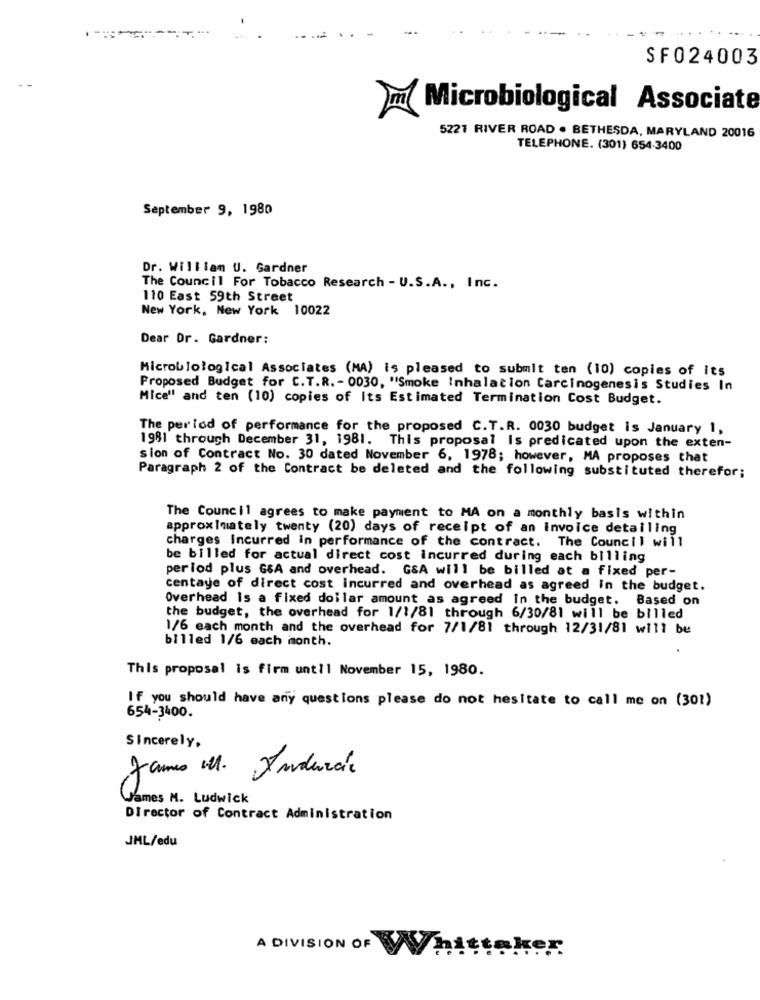
SFO24003
Microbiological Associate
5221 RIVER ROAD . BETHESDA, MARYLAND 20016
TELEPHONE. (301) 654-3400
September 9, 1980
Dr. William U. Gardner
The Council For Tobacco Research - U.S.A ., Inc.
110 East 59th Street
New York, New York 10022
Dear Dr. Gardner:
Microbiological Associates (MA) is pleased to submit ten (10) copies of its
Proposed Budget for C.T.R .- 0030, "Smoke Inhalation Carcinogenesis Studies In
Mice" and ten (10) copies of Its Estimated Termination Cost Budget.
The per lod of performance for the proposed C.T.R. 0030 budget is January 1,
1981 through December 31, 1981. This proposal Is predicated upon the exten-
sion of Contract No. 30 dated November 6, 1978; however, MA proposes that
Paragraph 2 of the Contract be deleted and the following substituted therefor;
The Council agrees to make payment to MA on a monthly basis within
approximately twenty (20) days of receipt of an Invoice detailing
charges Incurred in performance of the contract. The Council will
be billed for actual direct cost incurred during each billing
period plus G&A and overhead. GSA will be billed at a fixed per-
centaye of direct cost incurred and overhead as agreed in the budget.
Overhead Is a fixed dollar amount as agreed In the budget. Based on
the budget, the overhead for 1/1/81 through 6/30/81 will be billed
1/6 each month and the overhead for 7/1/81 through 12/31/81 will be
billed 1/6 each month.
This proposal is firm until November 15, 1980.
If you should have any questions please do not hesitate to call me on (301)
654-3400.
Sincerely,
James ell. Andural
James M. Ludwick
Director of Contract Administration
JML/edu
A DIVISION OF Whittaker